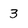
Character: 3